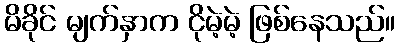
မိခိုင် မျက်နှာက ငိုမဲ့မဲ့ ဖြစ်နေသည်။